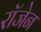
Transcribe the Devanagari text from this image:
रॉजेन